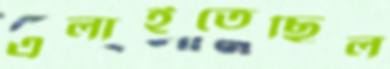
এলাইতেছিল